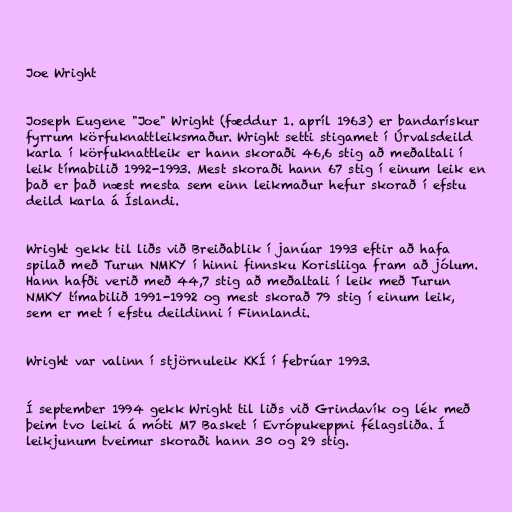
Joe Wright

Joseph Eugene "Joe" Wright (fæddur 1. apríl 1963) er bandarískur
fyrrum körfuknattleiksmaður. Wright setti stigamet í Úrvalsdeild
karla í körfuknattleik er hann skoraði 46,6 stig að meðaltali í
leik tímabilið 1992-1993. Mest skoraði hann 67 stig í einum leik en
það er það næst mesta sem einn leikmaður hefur skorað í efstu
deild karla á Íslandi.

Wright gekk til liðs við Breiðablik í janúar 1993 eftir að hafa
spilað með Turun NMKY í hinni finnsku Korisliiga fram að jólum.
Hann hafði verið með 44,7 stig að meðaltali í leik með Turun
NMKY tímabilið 1991-1992 og mest skorað 79 stig í einum leik,
sem er met í efstu deildinni í Finnlandi.

Wright var valinn í stjörnuleik KKÍ í febrúar 1993.

Í september 1994 gekk Wright til liðs við Grindavík og lék með
þeim tvo leiki á móti M7 Basket í Evrópukeppni félagsliða. Í
leikjunum tveimur skoraði hann 30 og 29 stig.